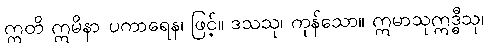
ဣတိ ဣမိနာ ပကာရေန၊ ဖြင့်။ ဒသသု၊ ကုန်သော။ ဣမာသုဣဒ္ဓီသု၊